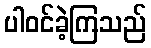
ပါဝင်ခဲ့ကြသည်